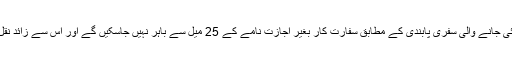
دوسری جانب امریکا کی جانب سے پاکستانی سفارت کاروں پر لگائی جانے والی سفری پابندی کے مطابق سفارت کار بغیر اجازت نامے کے 25 میل سے باہر نہیں جاسکیں گے اور اس سے زائد نقل و حرکت کے لیے انہیں اجازت نامہ سفر سے 5 روز قبل لینا ہوگا۔